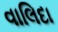
વાલિદા